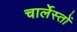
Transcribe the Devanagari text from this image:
चार्लेस्तों